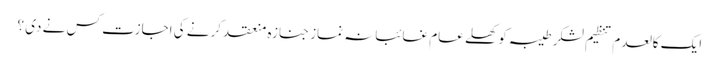
ایک کالعدم تنظیم لشکر طیبہ کو کھلے عام غائبانہ نماز جنازہ منعقد کرنے کی اجازت کس نے دی ؟